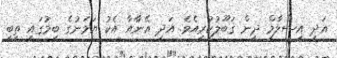
އަދި އިސްލާމް ދީން ޤަބޫލުކުރިއެވެ. އަދި އޭނާއާ އެކު ޔަމަނުގެ ބިމުގައި ތިބި